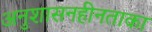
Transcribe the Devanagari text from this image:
अनुशासनहीनताका